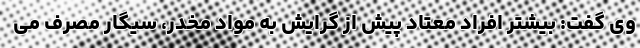
وی گفت: بیشتر افراد معتاد پیش از گرایش به مواد مخدر، سیگار مصرف می